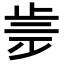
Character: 𣥩